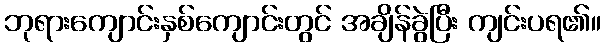
ဘုရားကျောင်းနှစ်ကျောင်းတွင် အချိန်ခွဲပြီး ကျင်းပရ၏။